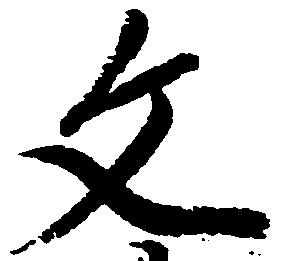
文